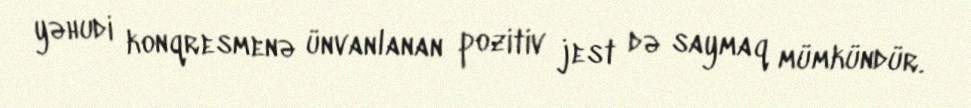
yəhudi konqresmenə ünvanlanan pozitiv jest də saymaq mümkündür.